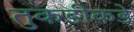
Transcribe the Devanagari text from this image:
तुकडीकडे